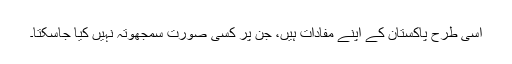
اسی طرح پاکستان کے اپنے مفادات ہیں، جن پر کسی صورت سمجھوتہ نہیں کیا جاسکتا۔